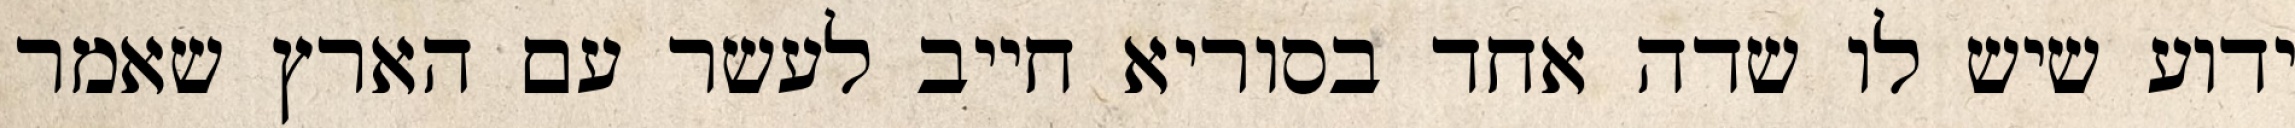
ידוע שיש לו שדה אחד בסוריא חייב לעשר עם הארץ שאמר